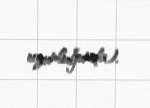
uzunluğunda).